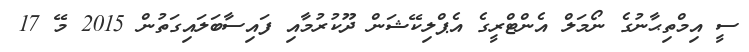
ސީ އިމްތިޙާނުގެ ނޯމަލް އެންޓްރީގެ އެޕްލިކޭޝަން ދޫކުރުމާއި ފައިސާބަލައިގަތުން 2015 މޭ 17